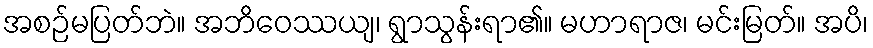
အစဉ်မပြတ်ဘဲ။ အဘိဝေဿယျ၊ ရွာသွန်းရာ၏။ မဟာရာဇ၊ မင်းမြတ်။ အပိ၊